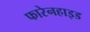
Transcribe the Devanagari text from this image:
फारेनहाइड